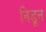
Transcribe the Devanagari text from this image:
निडून